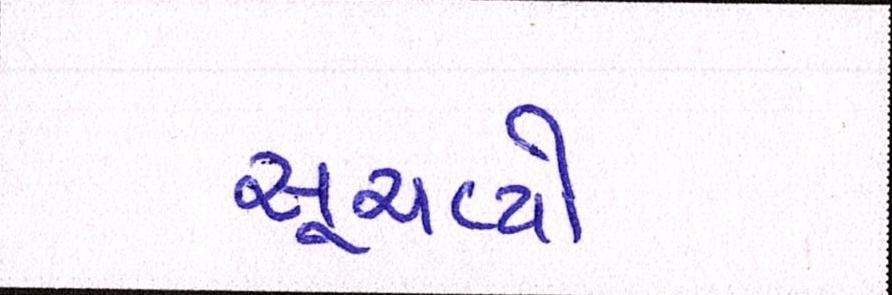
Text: સૂચવ્યો